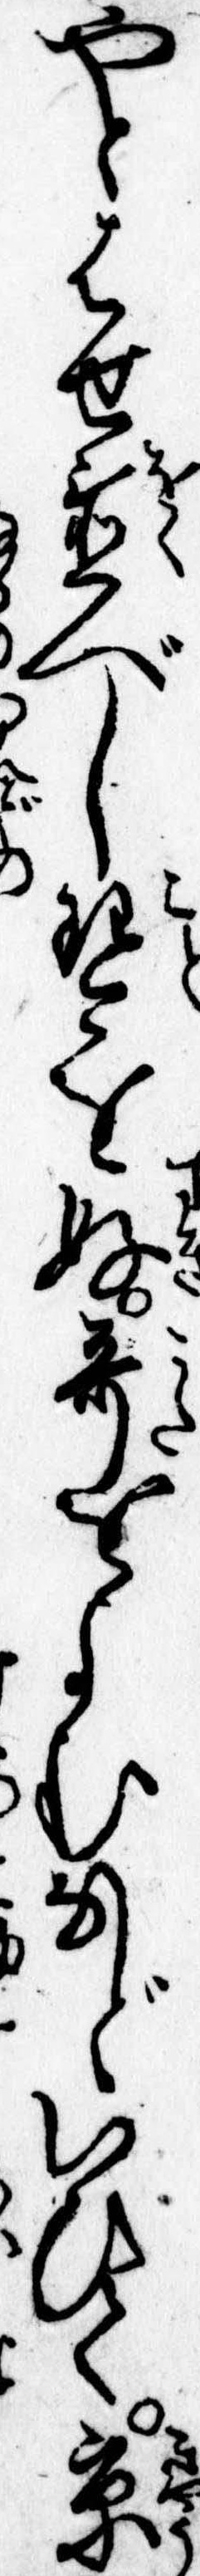
やとはせ置べし琴を好歌をよむなどいひて京